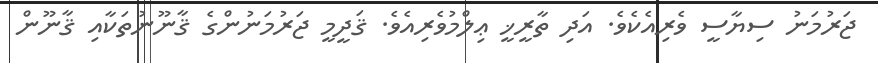
ޖަރުމަނު ސިޔާސީ ވެރިއެކެވެ. އަދި ތާރީޚީ ޢިލްމުވެރިއެވެ. ޤަދީމީ ޖަރުމަނުންގެ ޤާނޫނުތަކާއި ޤާނޫން